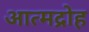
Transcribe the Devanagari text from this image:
आत्मद्रोह